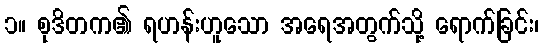
၁။ စုဒိတက၏ ရဟန်းဟူသော အရေအတွက်သို့ ရောက်ခြင်း၊